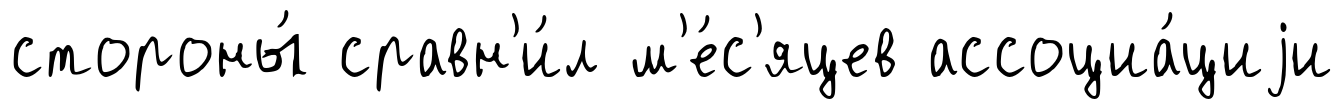
стороны́ сравн'и́л м'е́с'яцев ассоциа́циjи